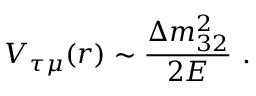
V _ { \tau \mu } ( r ) \sim \frac { \Delta m _ { 3 2 } ^ { 2 } } { 2 E } ~ .